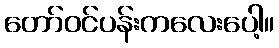
တော်ဝင်ပန်းကလေးပေါ့။